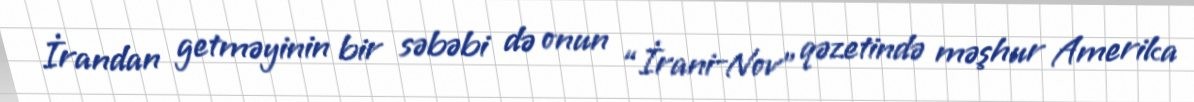
İrandan getməyinin bir səbəbi də onun “İrani-Nov” qəzetində məşhur Amerika